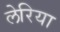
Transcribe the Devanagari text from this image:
लेरिया